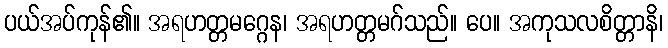
ပယ်အပ်ကုန်၏။ အရဟတ္တမဂ္ဂေန၊ အရဟတ္တမဂ်သည်။ ပေ။ အကုသလစိတ္တာနိ၊